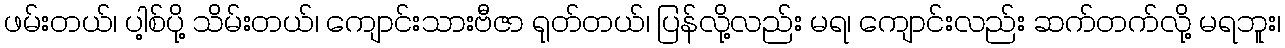
ဖမ်းတယ်၊ ပါ့စ်ပို့ သိမ်းတယ်၊ ကျောင်းသားဗီဇာ ရုတ်တယ်၊ ပြန်လို့လည်း မရ၊ ကျောင်းလည်း ဆက်တက်လို့ မရဘူး၊